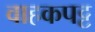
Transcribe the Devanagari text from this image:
वाहकपट्ट